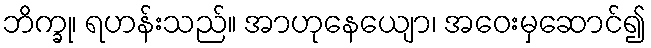
ဘိက္ခု၊ ရဟန်းသည်။ အာဟုနေယျော၊ အဝေးမှဆောင်၍